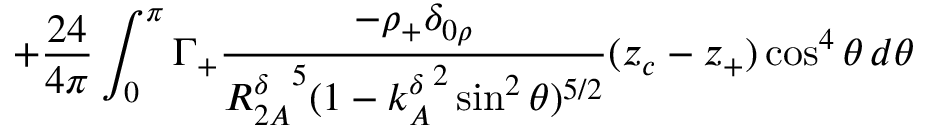
+ \frac { 2 4 } { 4 \pi } \int _ { 0 } ^ { \pi } \Gamma _ { + } \frac { - \rho _ { + } \delta _ { 0 \rho } } { { R _ { 2 A } ^ { \delta } } ^ { 5 } ( 1 - { k _ { A } ^ { \delta } } ^ { 2 } \sin ^ { 2 } \theta ) ^ { 5 / 2 } } ( z _ { c } - z _ { + } ) \cos ^ { 4 } \theta \, d \theta